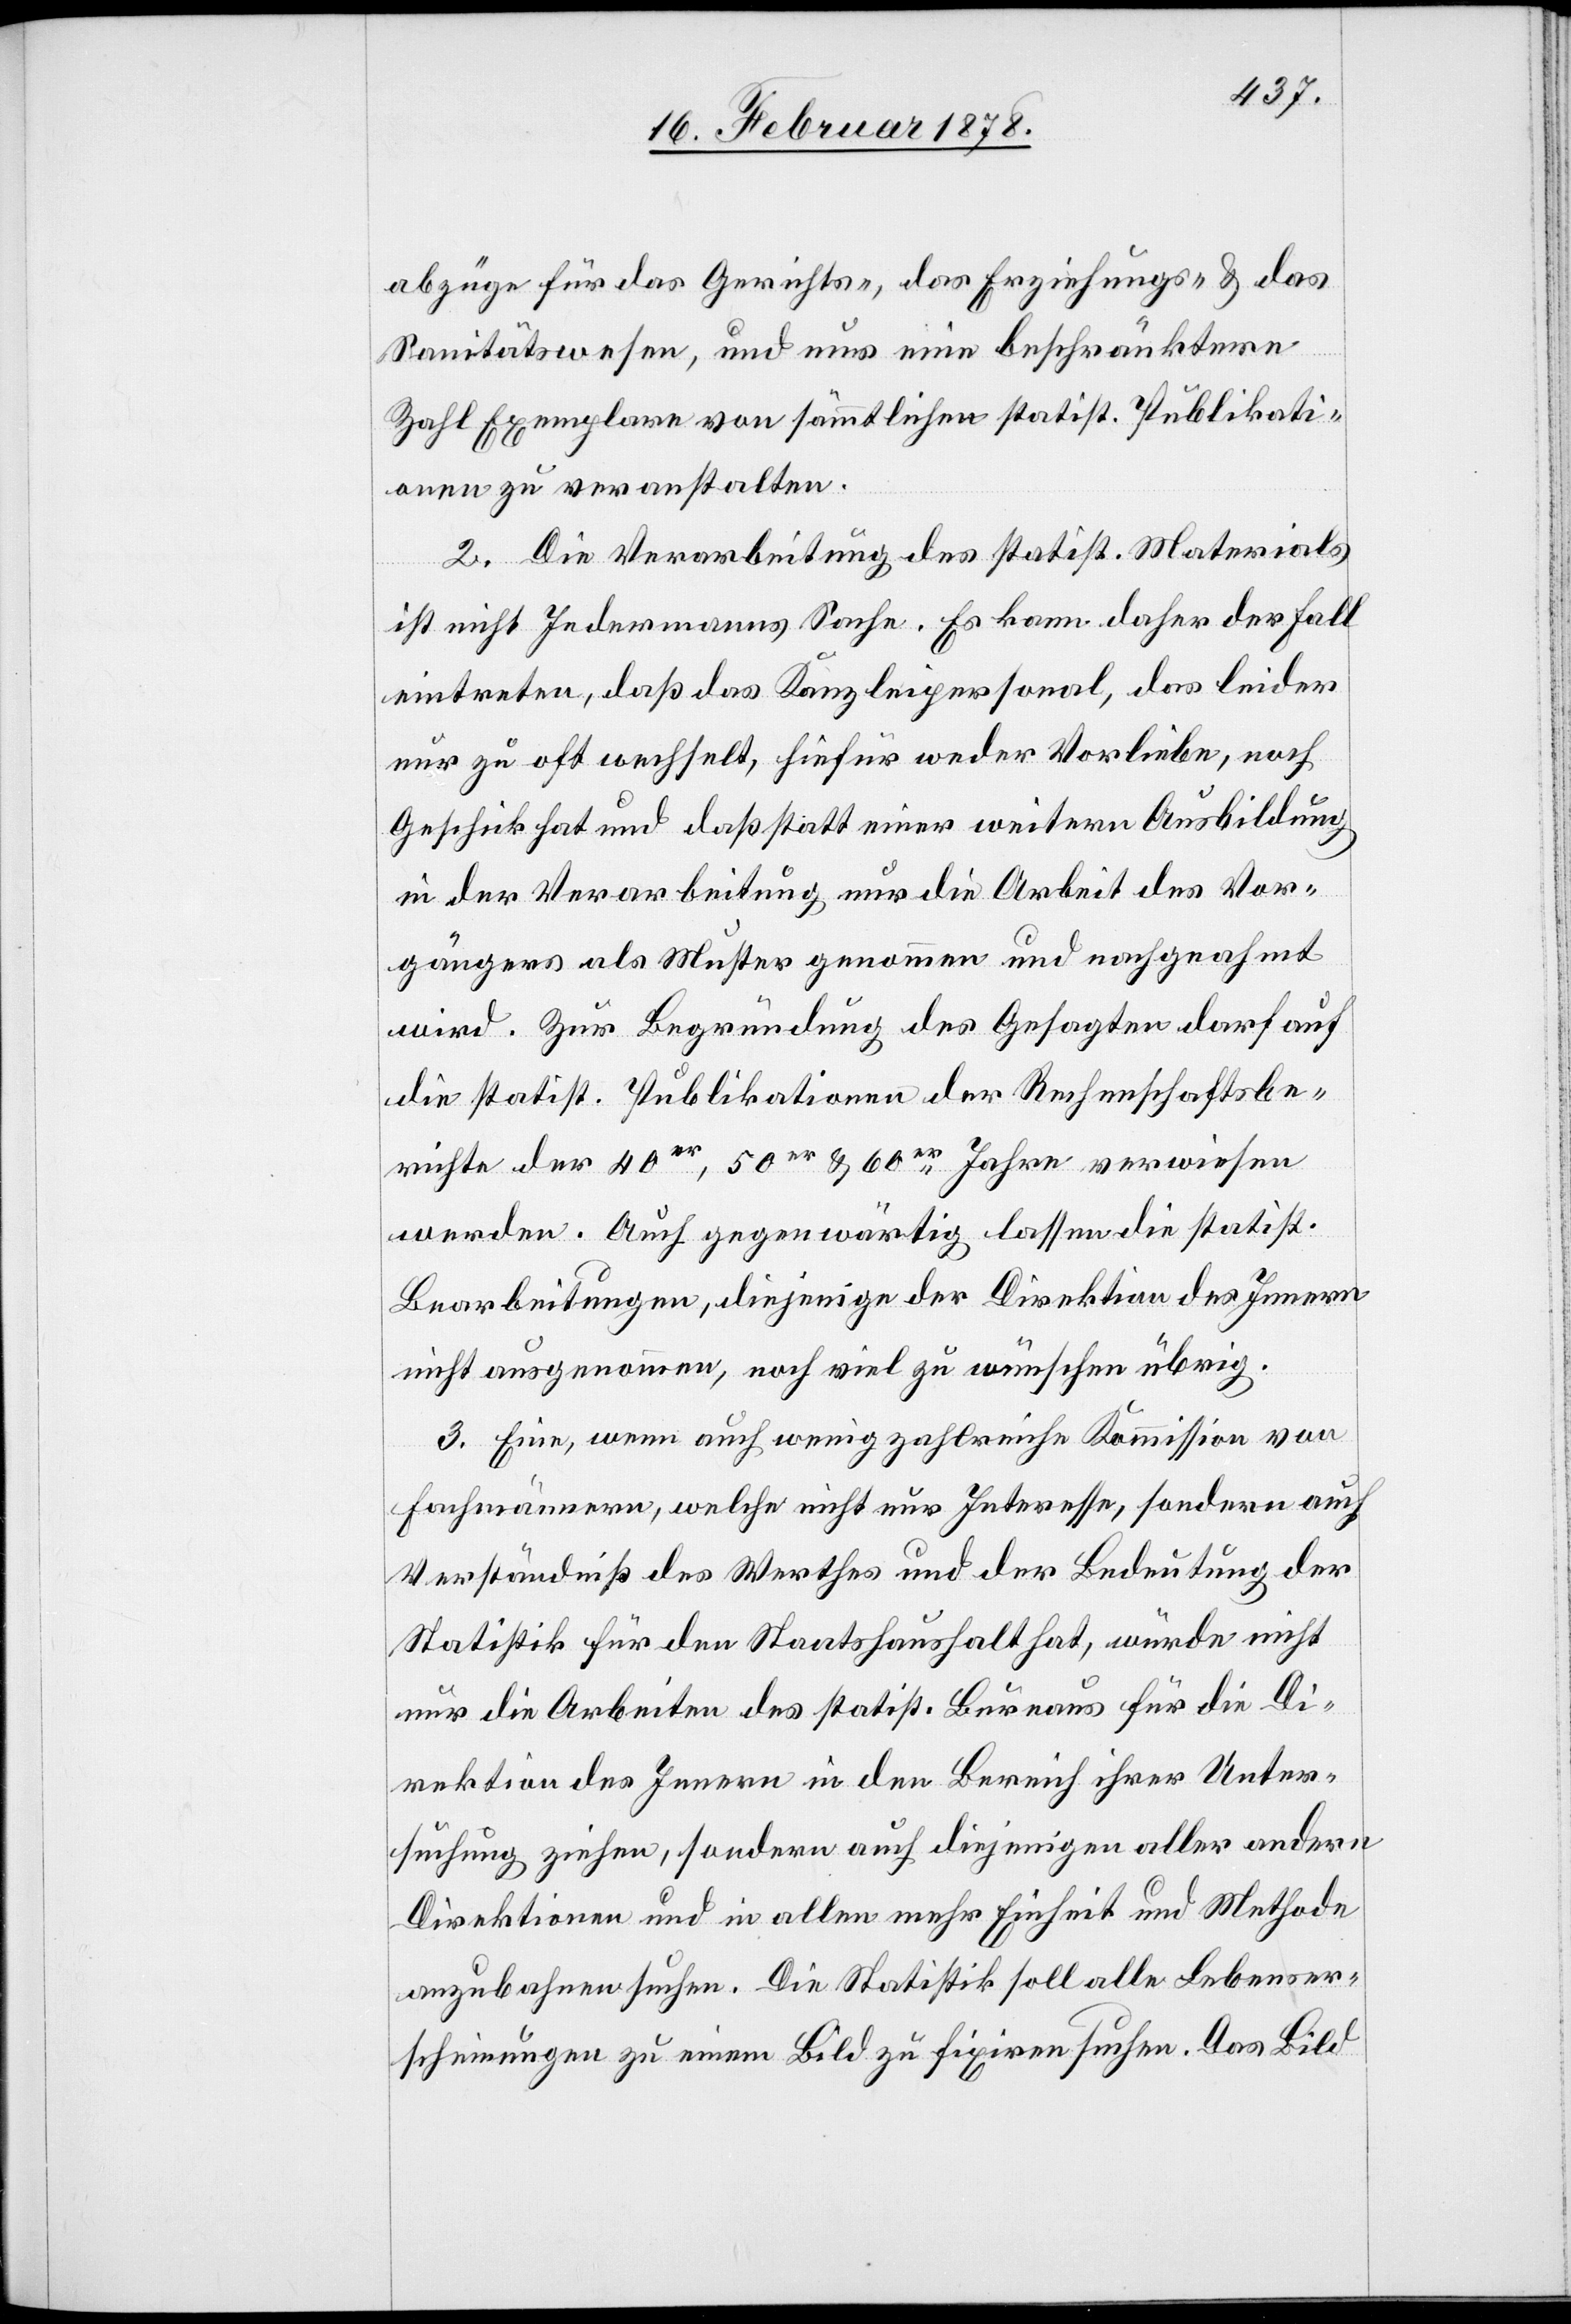
Abzüge für das Gerichts-, das Erziehungs- & das
Sanitätswesen, und nur eine beschränktere
Zahl Exemplare von sämmtlichen statist. Publikati¬
onen zu veranstalten.
2. Die Verarbeitung des statist. Materials
ist nicht Jedermanns Sache. Es kann daher der Fall
eintreten, daß das Kanzleipersonal, das leider
nur zu oft wechselt, hiefür weder Vorliebe, noch
Geschick hat und daß statt einer weitern Ausbildung
in der Verarbeitung nur die Arbeit des Vor¬
gängers als Muster genommen und nachgeahmt
wird. Zur Begründung des Gesagten darf auf
die statist. Publikationen der Rechenschaftsbe¬
richte der 40er, 50er & 60er Jahre verwiesen
werden. Auch gegenwärtig lassen die statist.
Bearbeitungen, diejenige der Direktion des Innern
nicht ausgenommen, noch viel zu wünschen übrig.
3. Eine, wenn auch wenig zahlreiche Kommission von
Fachmännern, welche nicht nur Interesse, sondern auch
Verständniß des Werthes und der Bedeutung der
Statistik für den Staatshaushalt hat, würde nicht
nur die Arbeiten des statist. Büreaus für die Di¬
rektion des Innern in den Bereich ihrer Unter¬
suchung ziehen, sondern auch diejenigen aller andern
Direktionen und in allen mehr Einheit und Methode
anzubahnen suchen. Die Statistik soll alle Lebenser¬
scheinungen zu einem Bild zu fixiren suchen. Das Bild